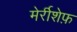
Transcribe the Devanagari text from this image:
मेर्रीशेफ़